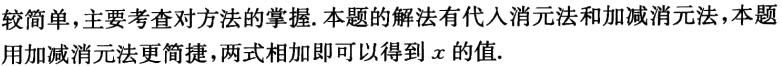
较简单，主要考查对方法的掌握.本题的解法有代入消元法和加减消元法，本题用加减消元法更简捷，两式相加即可以得到\(x\)的值.